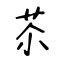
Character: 苶